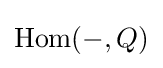
\operatorname {Hom} (-,Q)